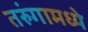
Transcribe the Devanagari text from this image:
तरुंगामध्ये